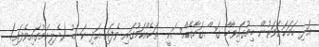
އަދި ހަމަކަށަވަރުން ބިމުގައިވާހާ ގަސްގަހާގެއްސަކީ  ތަކެއްކަމުގައި ވެފައި އަދި ކަނޑު (ދެލިކަމުގައިވެފައި)